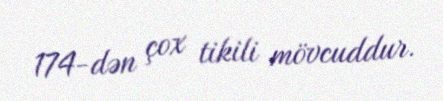
174-dən çox tikili mövcuddur.